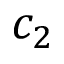
c _ { 2 }